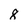
Character: 8